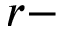
r -